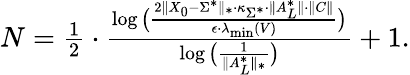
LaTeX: \begin{array}{r}{N=\frac{1}{2}\cdot\frac{\log\big(\frac{2\| X_{0}-\Sigma^{*}\| _{*}\cdot\kappa_{\Sigma^{*}}\cdot\| A_{L}^{*}\| \cdot\| C\| }{\epsilon\cdot\lambda_{\operatorname*{min}}(V)}\big)}{\log\big(\frac{1}{\| A_{L}^{*}\| _{*}}\big)}+1.}\end{array}